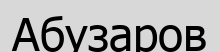
Абузаров